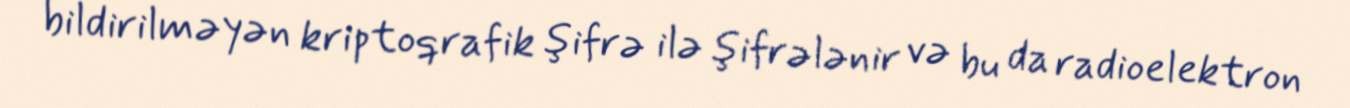
bildirilməyən kriptoqrafik şifrə ilə şifrələnir və bu da radioelektron